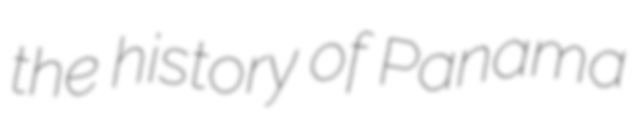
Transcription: the history of Panama